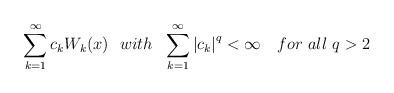
LaTeX: \begin{align*} \sum_{k=1}^\infty{c_kW_k(x) \ \ with \ \ \sum_{k=1}^\infty \left | {c_k} \right|^q <\infty}\ \ \ for\ all\ q>2\end{align*}